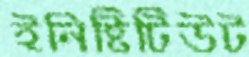
ইনিষ্টিটিউট